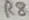
Text: R8